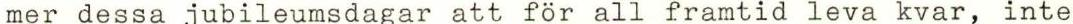
mer dessa jubileumsdagar att för all framtid leva kvar, inte